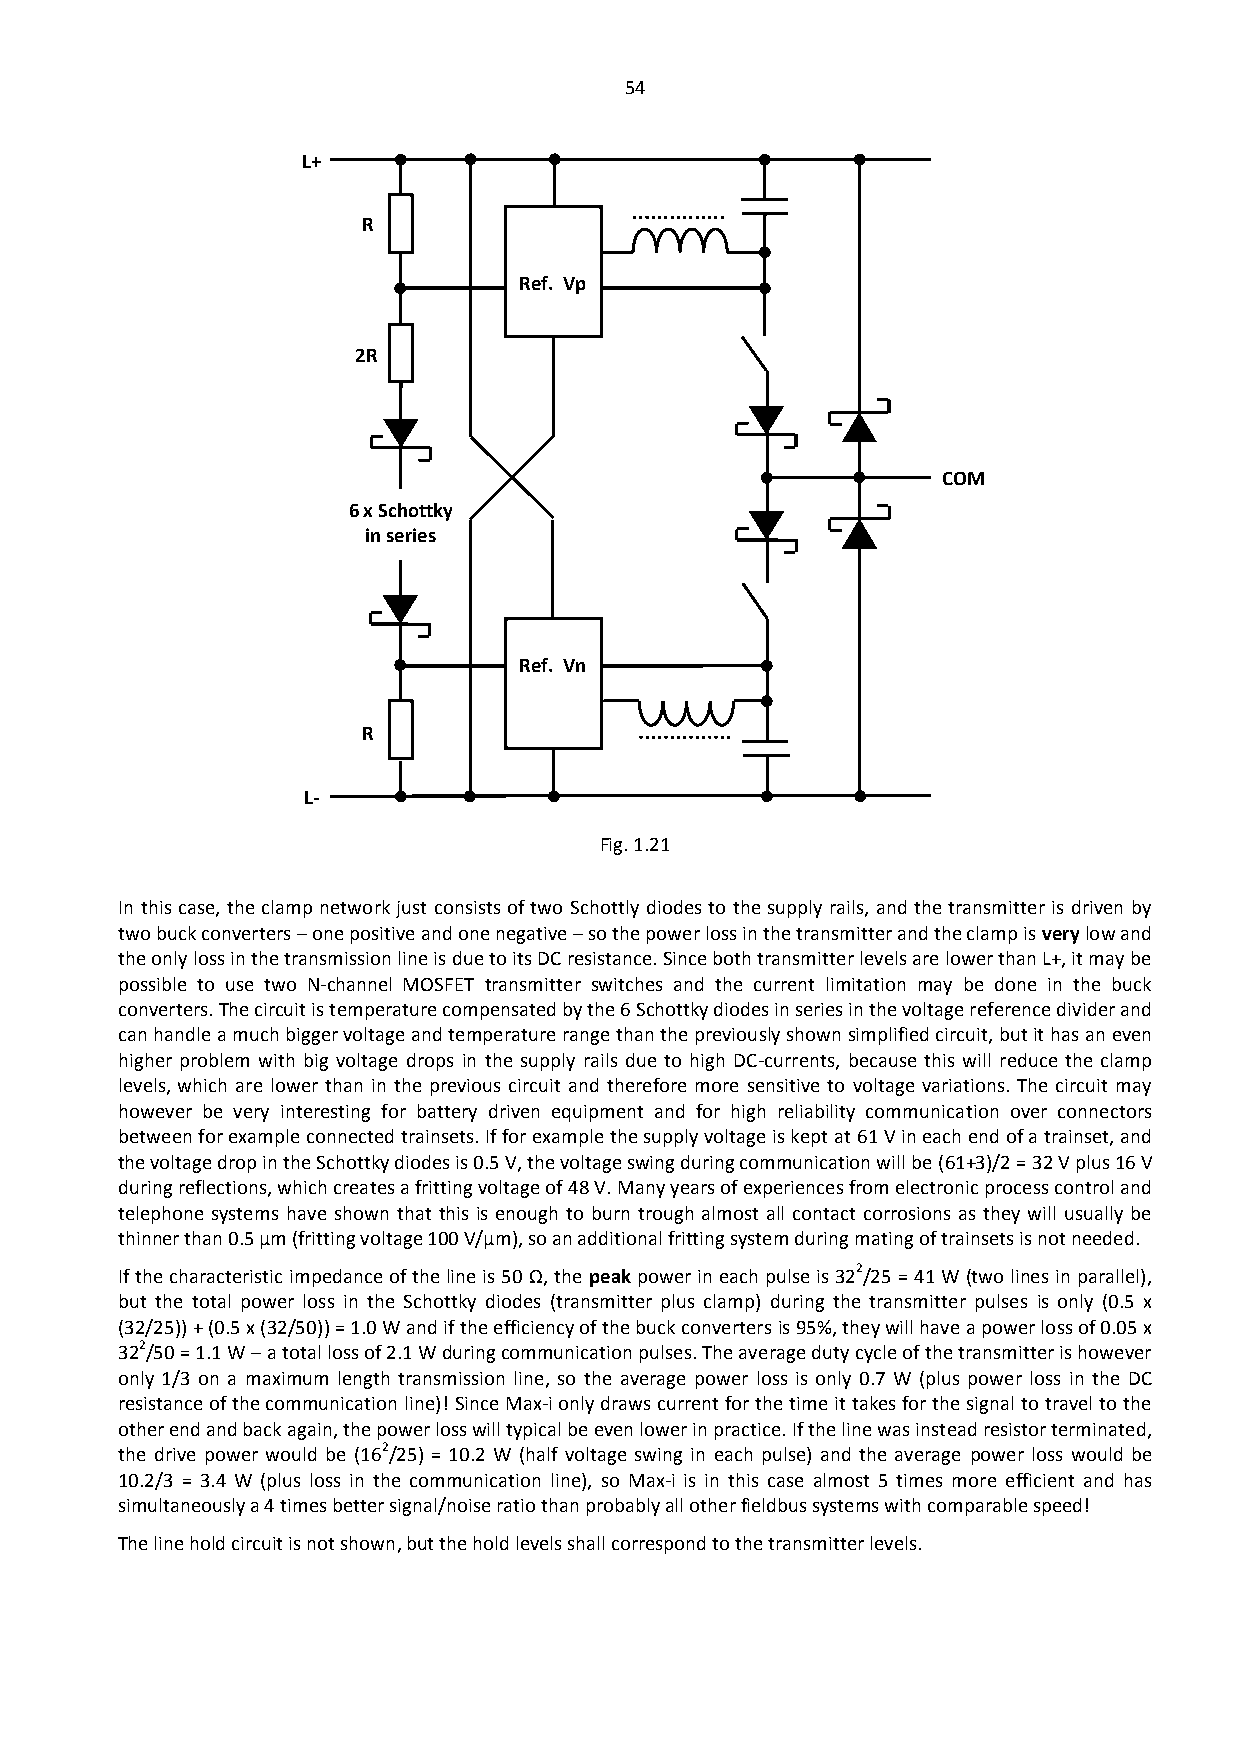
54
 L+
 R
 Ref. Vp
 2R
 COM
 6 x Schottky
 in series
 Ref. Vn
 R
 L-
 Fig. 1.21
 In this case, the clamp network just consists of two Schottly diodes to the supply rails, and the transmitter is driven by
 two buck converters – one positive and one negative – so the power loss in the transmitter and the clamp is very low and
 the only loss in the transmission line is due to its DC resistance. Since both transmitter levels are lower than L+, it may be
 possible to use two N-channel MOSFET transmitter switches and the current limitation may be done in the buck
 converters. The circuit is temperature compensated by the 6 Schottky diodes in series in the voltage reference divider and
 can handle a much bigger voltage and temperature range than the previously shown simplified circuit, but it has an even
 higher problem with big voltage drops in the supply rails due to high DC-currents, because this will reduce the clamp
 levels, which are lower than in the previous circuit and therefore more sensitive to voltage variations. The circuit may
 however be very interesting for battery driven equipment and for high reliability communication over connectors
 between for example connected trainsets. If for example the supply voltage is kept at 61 V in each end of a trainset, and
 the voltage drop in the Schottky diodes is 0.5 V, the voltage swing during communication will be (61+3)/2 = 32 V plus 16 V
 during reflections, which creates a fritting voltage of 48 V. Many years of experiences from electronic process control and
 telephone systems have shown that this is enough to burn trough almost all contact corrosions as they will usually be
 thinner than 0.5 μm (fritting voltage 100 V/μm), so an additional fritting system during mating of trainsets is not needed.
 If the characteristic impedance of the line is 50 Ω, the peak power in each pulse is 322/25 = 41 W (two lines in parallel),
 but the total power loss in the Schottky diodes (transmitter plus clamp) during the transmitter pulses is only (0.5 x
 (32/25)) + (0.5 x (32/50)) = 1.0 W and if the efficiency of the buck converters is 95%, they will have a power loss of 0.05 x
 322/50 = 1.1 W – a total loss of 2.1 W during communication pulses. The average duty cycle of the transmitter is however
 only 1/3 on a maximum length transmission line, so the average power loss is only 0.7 W (plus power loss in the DC
 resistance of the communication line)! Since Max-i only draws current for the time it takes for the signal to travel to the
 other end and back again, the power loss will typical be even lower in practice. If the line was instead resistor terminated,
 the drive power would be (162/25) = 10.2 W (half voltage swing in each pulse) and the average power loss would be
 10.2/3 = 3.4 W (plus loss in the communication line), so Max-i is in this case almost 5 times more efficient and has
 simultaneously a 4 times better signal/noise ratio than probably all other fieldbus systems with comparable speed!
 The line hold circuit is not shown, but the hold levels shall correspond to the transmitter levels.